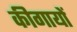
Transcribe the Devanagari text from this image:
कीगायों